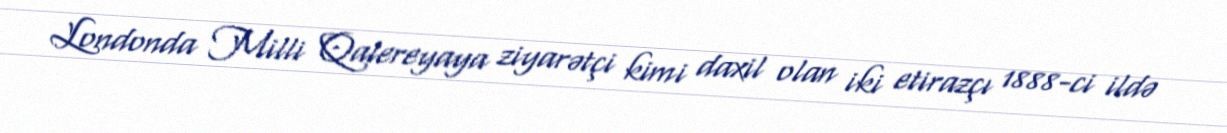
Londonda Milli Qalereyaya ziyarətçi kimi daxil olan iki etirazçı 1888-ci ildə